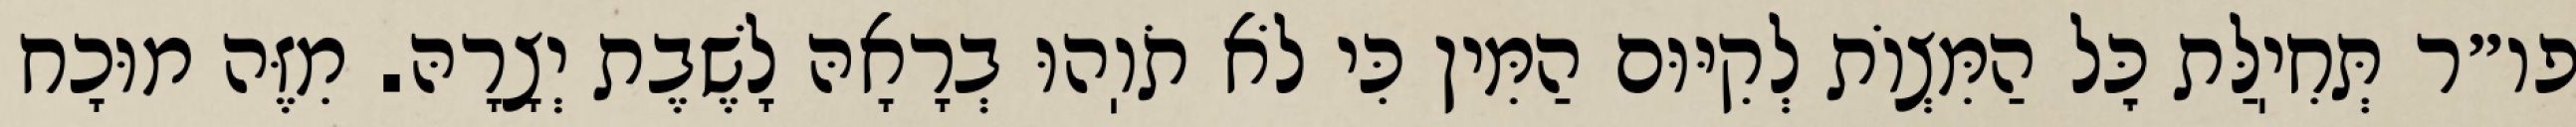
פו״ר תְּחִיֽלַּת כׇּל הַמִּצְוֹת לְקִיּוּם הַמִּין כִּי לֹא תֹוֽהוּ בְרָאָהּ לָשֶׁבֶת יְצָרָהּ. מִזֶּה מוּכָח